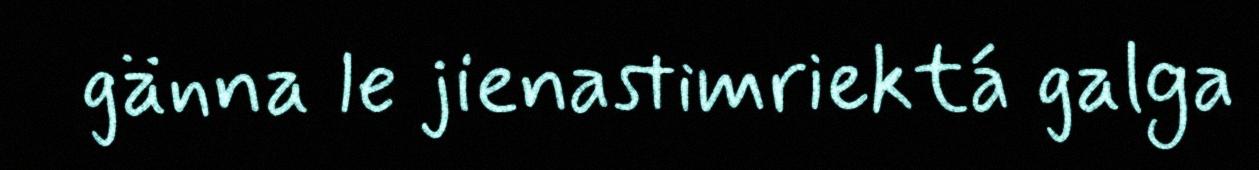
gänna le jienastimriektá galga